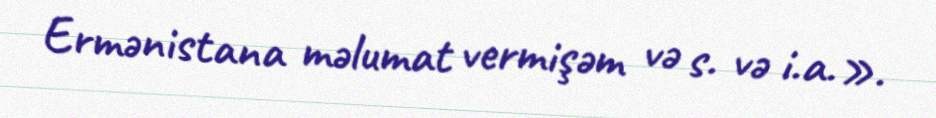
Ermənistana məlumat vermişəm və s. və i.a.».